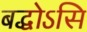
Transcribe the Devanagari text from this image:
बद्धोऽसि